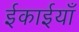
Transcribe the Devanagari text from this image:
ईकाईयाँ